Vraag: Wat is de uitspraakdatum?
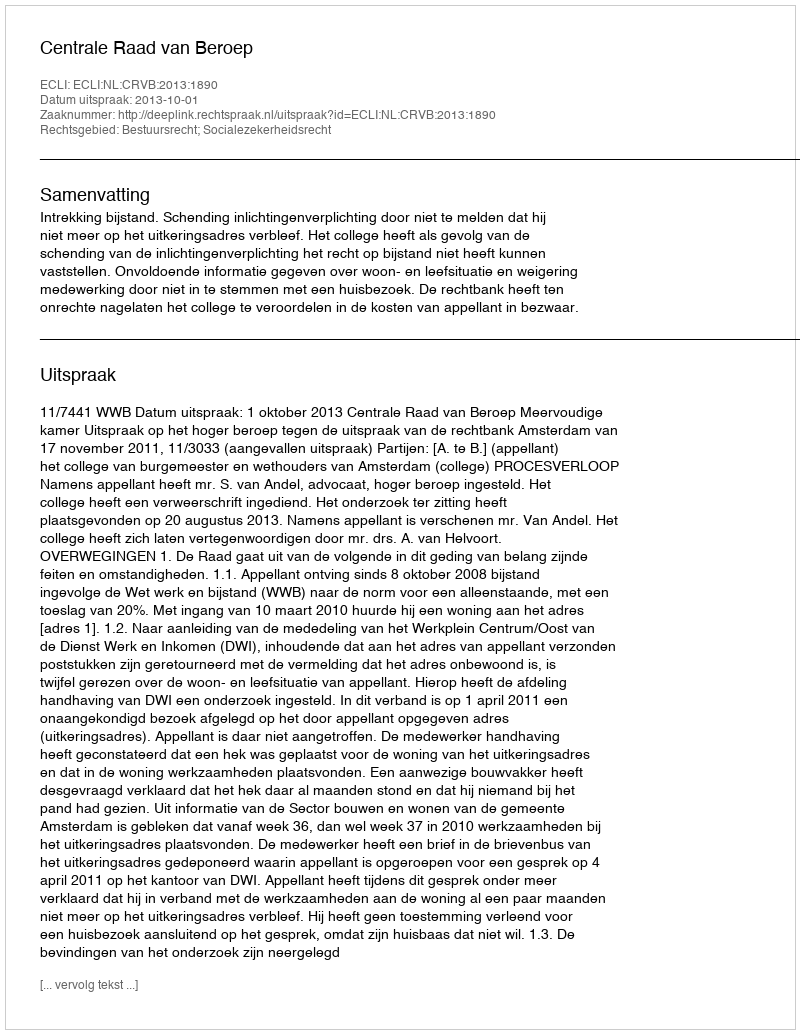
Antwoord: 2013-10-01